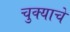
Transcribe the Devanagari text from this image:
चुक्याचे